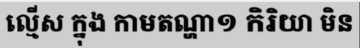
ល្មើស ក្នុង កាមតណ្ហា១ កិរិយា មិន